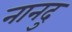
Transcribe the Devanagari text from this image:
नानदु